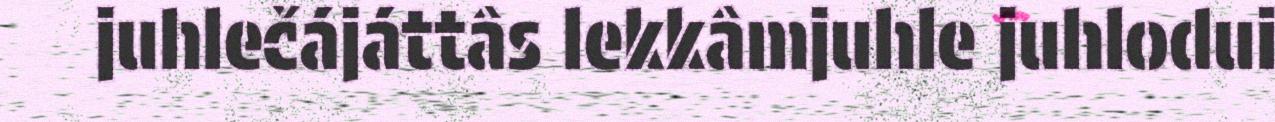
juhlečájáttâs lekkâmjuhle juhlodui